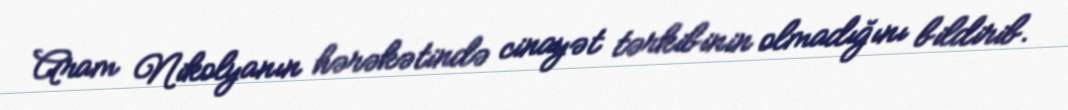
Aram Nikolyanın hərəkətində cinayət tərkibinin olmadığını bildirib.